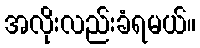
အလိုးလည်းခံရမယ်။